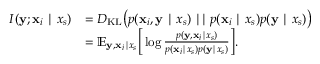
\begin{array} { r l } { I ( { \mathbf { y } } ; { \mathbf { x } } _ { i } \mid x _ { s } ) } & { = D _ { \mathrm { K L } } \big ( p ( { \mathbf { x } } _ { i } , { \mathbf { y } } \mid x _ { s } ) \mid \mid p ( { \mathbf { x } } _ { i } \mid x _ { s } ) p ( { \mathbf { y } } \mid x _ { s } ) \big ) } \\ & { = \mathbb { E } _ { { \mathbf { y } } , { \mathbf { x } } _ { i } \mid x _ { s } } \Big [ \log \frac { p ( { \mathbf { y } } , { \mathbf { x } } _ { i } \mid x _ { s } ) } { p ( { \mathbf { x } } _ { i } \mid x _ { s } ) p ( { \mathbf { y } } \mid x _ { s } ) } \Big ] . } \end{array}